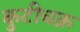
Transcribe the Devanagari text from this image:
कुटीचक्र